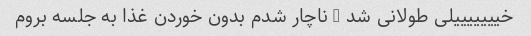
خیییییییلی طولانی شد … ناچار شدم بدون خوردن غذا به جلسه بروم